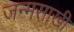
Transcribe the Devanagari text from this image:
जन्मसाखी